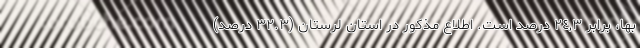
بها، برابر ٢٤,٣ درصد است. اطلاع مذکور در استان لرستان (٣٢.٣ درصد)